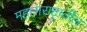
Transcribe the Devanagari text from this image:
महाराराष्ट्रातील